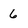
Character: 6